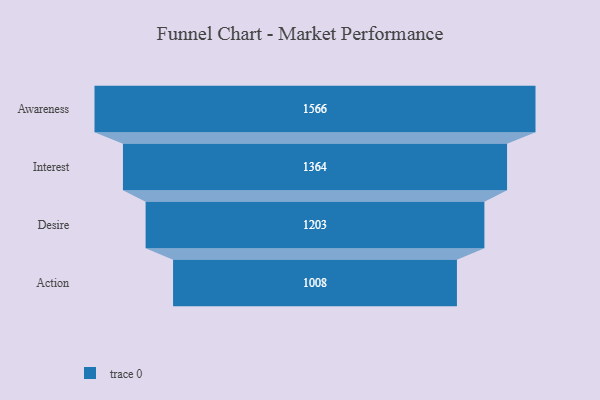
{"axis": {"x": "Stage", "y": "Value"}, "legend": [""], "data": [{"x": "Awareness", "y": 1566.0, "type": ""}, {"x": "Interest", "y": 1364.0, "type": ""}, {"x": "Desire", "y": 1203.0, "type": ""}, {"x": "Action", "y": 1008.0, "type": ""}]}